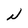
Character: N